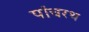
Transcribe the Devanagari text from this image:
पांचरथ